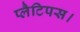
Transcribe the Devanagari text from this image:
प्लैटिपस।